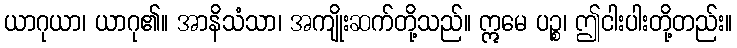
ယာဂုယာ၊ ယာဂု၏။ အာနိသံသာ၊ အကျိုးဆက်တို့သည်။ ဣမေ ပဉ္စ၊ ဤငါးပါးတို့တည်း။